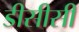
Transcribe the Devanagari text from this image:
डीसीसी